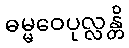
ဓမ္မဝေပုလ္လန္တိ